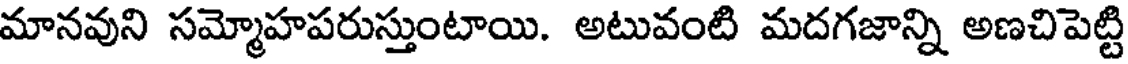
మానవుని సమ్మోహపరుస్తుంటాయి. అటువంటి మదగజాన్ని అణచిపెట్టి